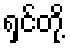
ရှင်တို့